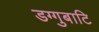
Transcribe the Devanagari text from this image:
डग्गुबाटि